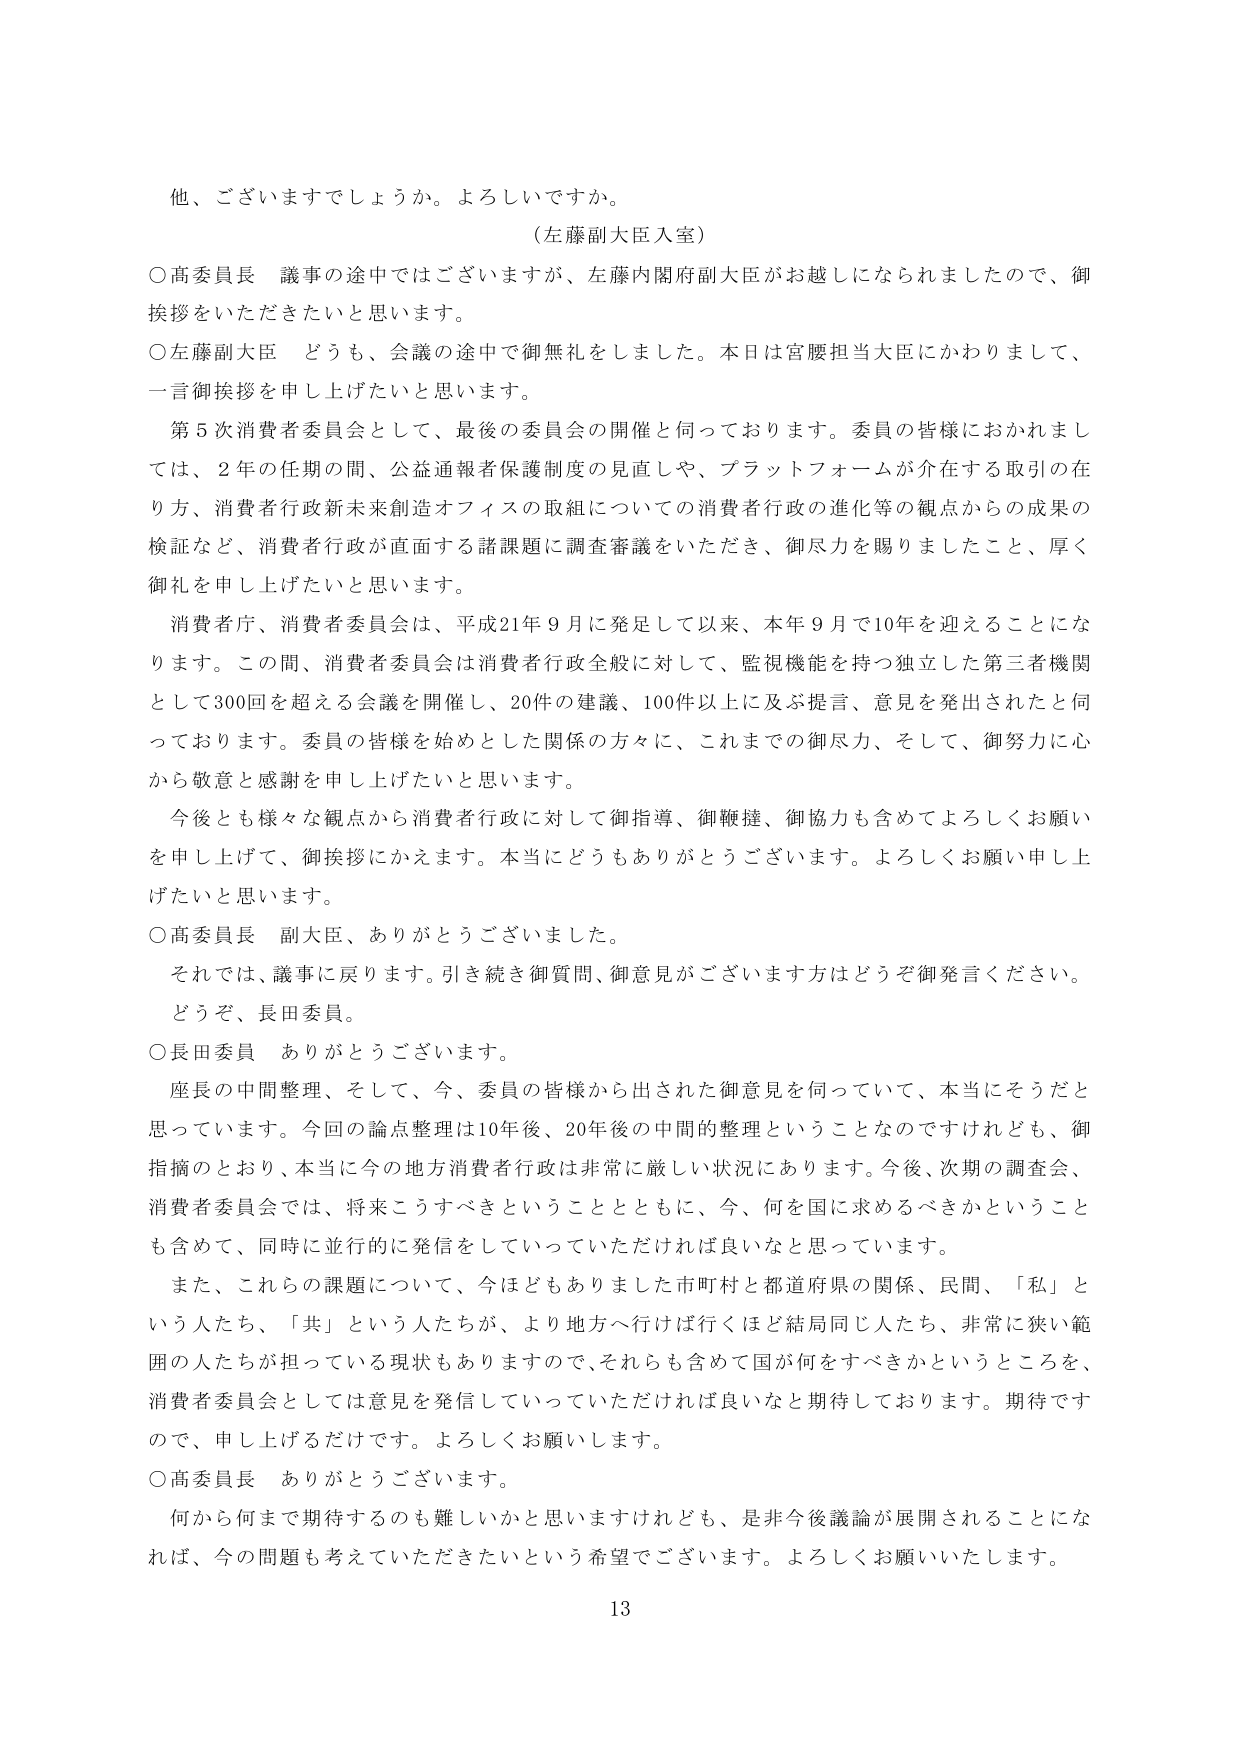
他、ございますでしょうか。よろしいですか。

（左藤副大臣入室）

○高委員長　議事の途中ではございますが、左藤内閣府副大臣がお越しになられましたので、御挨拶をいただきたいと思います。

○左藤副大臣　どうも、会議の途中で御無礼をしました。本日は宮腰担当大臣にかわりまして、一言御挨拶を申し上げたいと思います。

　第5次消費者委員会として、最後の委員会の開催と伺っております。委員の皆様におかれましては、2年の任期の間、公益通報者保護制度の見直しや、プラットフォームが介在する取引の在り方、消費者行政新未来創造オフィスの取組についての消費者行政の進化等の観点からの成果の検証など、消費者行政が直面する諸課題に調査審議をいただき、御尽力を賜りましたこと、厚く御礼を申し上げたいと思います。

　消費者庁、消費者委員会は、平成21年9月に発足して以来、本年9月で10年を迎えることになります。この間、消費者委員会は消費者行政全般に対して、監視機能を持つ独立した第三者機関として300回を超える会議を開催し、20件の建議、100件以上に及ぶ提言、意見を発出されたと伺っております。委員の皆様を始めとした関係の方々に、これまでの御尽力、そして、御努力に心から敬意と感謝を申し上げたいと思います。

　今後とも様々な観点から消費者行政に対して御指導、御鞭撻、御協力も含めてよろしくお願いを申し上げて、御挨拶にかえます。本当にどうもありがとうございます。よろしくお願い申し上げたいと思います。

○高委員長　副大臣、ありがとうございました。

　それでは、議事に戻ります。引き続き御質問、御意見がございます方はどうぞ御発言ください。

　どうぞ、長田委員。

○長田委員　ありがとうございます。

　座長の中間整理、そして、今、委員の皆様から出された御意見を伺っていて、本当にそうだと思っています。今回の論点整理は10年後、20年後の中間の整理ということなのですけれども、御指摘のとおり、本当に今の地方消費者行政は非常に厳しい状況にあります。今後、次期の調査会、消費者委員会では、将来こうすべきということとともに、今、何を国に求めるべきかということを含めて、同時に並行的に発信をしていっていただければ良いなと思っています。

　また、これらの課題について、今ほどもありました市町村と都道府県の関係、民間、「私」という人たち、「共」という人たちが、より地方へ行けば行くほど結局同じ人たち、非常に狭い範囲の人たちが担っている現状もありますので、それらも含めて国が何をすべきかというところを、消費者委員会としては意見を発信していっていただければ良いなと期待しております。期待ですので、申し上げるだけです。よろしくお願いします。

○高委員長　ありがとうございます。

　何から何まで期待するのも難しいかと思いますけれども、是非今後議論が展開されることになれば、今の問題も考えていただきたいという希望でございます。よろしくお願いいたします。

13